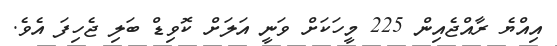
އިއްޔެ ރާއްޖެއިން 225 މީހަކަށް ވަނީ އަލަށް ކޮވިޑް ބަލި ޖެހިފަ އެވެ.